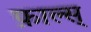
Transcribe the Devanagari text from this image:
फ़ाल्स्